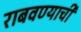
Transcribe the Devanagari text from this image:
राबवण्याची